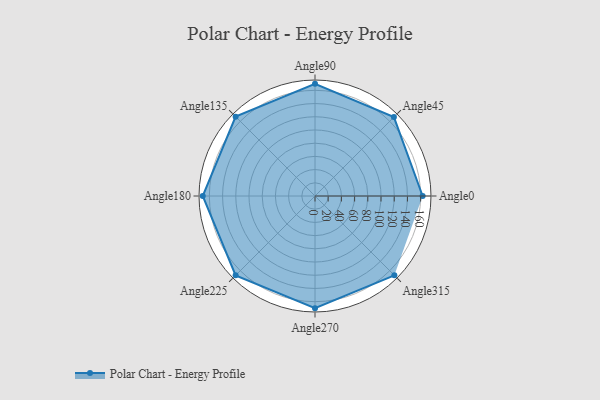
{"axis": {"x": "Angle", "y": "Radius"}, "legend": [""], "data": [{"x": "Angle0", "y": 163.0, "type": ""}, {"x": "Angle45", "y": 169.0, "type": ""}, {"x": "Angle90", "y": 170, "type": ""}, {"x": "Angle135", "y": 170, "type": ""}, {"x": "Angle180", "y": 170, "type": ""}, {"x": "Angle225", "y": 170, "type": ""}, {"x": "Angle270", "y": 170, "type": ""}, {"x": "Angle315", "y": 170, "type": ""}]}